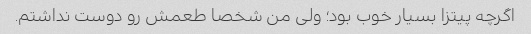
اگرچه پیتزا بسیار خوب بود؛ ولی من شخصا طعمش رو دوست نداشتم.